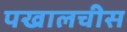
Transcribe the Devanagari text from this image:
पखालचीस